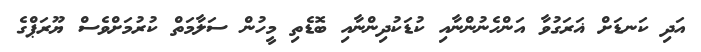
އަދި ކަނޑަށް ޣަރަގުވާ އަންހެނުންނާއި ކުޑަކުދިންނާއި ބޮޑެތި މީހުން ސަލާމަތް ކުރުމަށްވެސް ޔޫރަޕްގެ